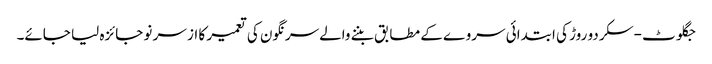
جگلوٹ-سکردو روڑ کی ابتدائی سر وے کے مطابق بننے والےسرنگون کی تعمیر کا از سر نو جائزہ لیا جائے۔